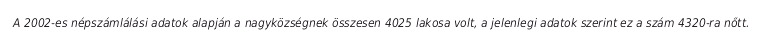
A 2002-es népszámlálási adatok alapján a nagyközségnek összesen 4025 lakosa volt, a jelenlegi adatok szerint ez a szám 4320-ra nőtt.